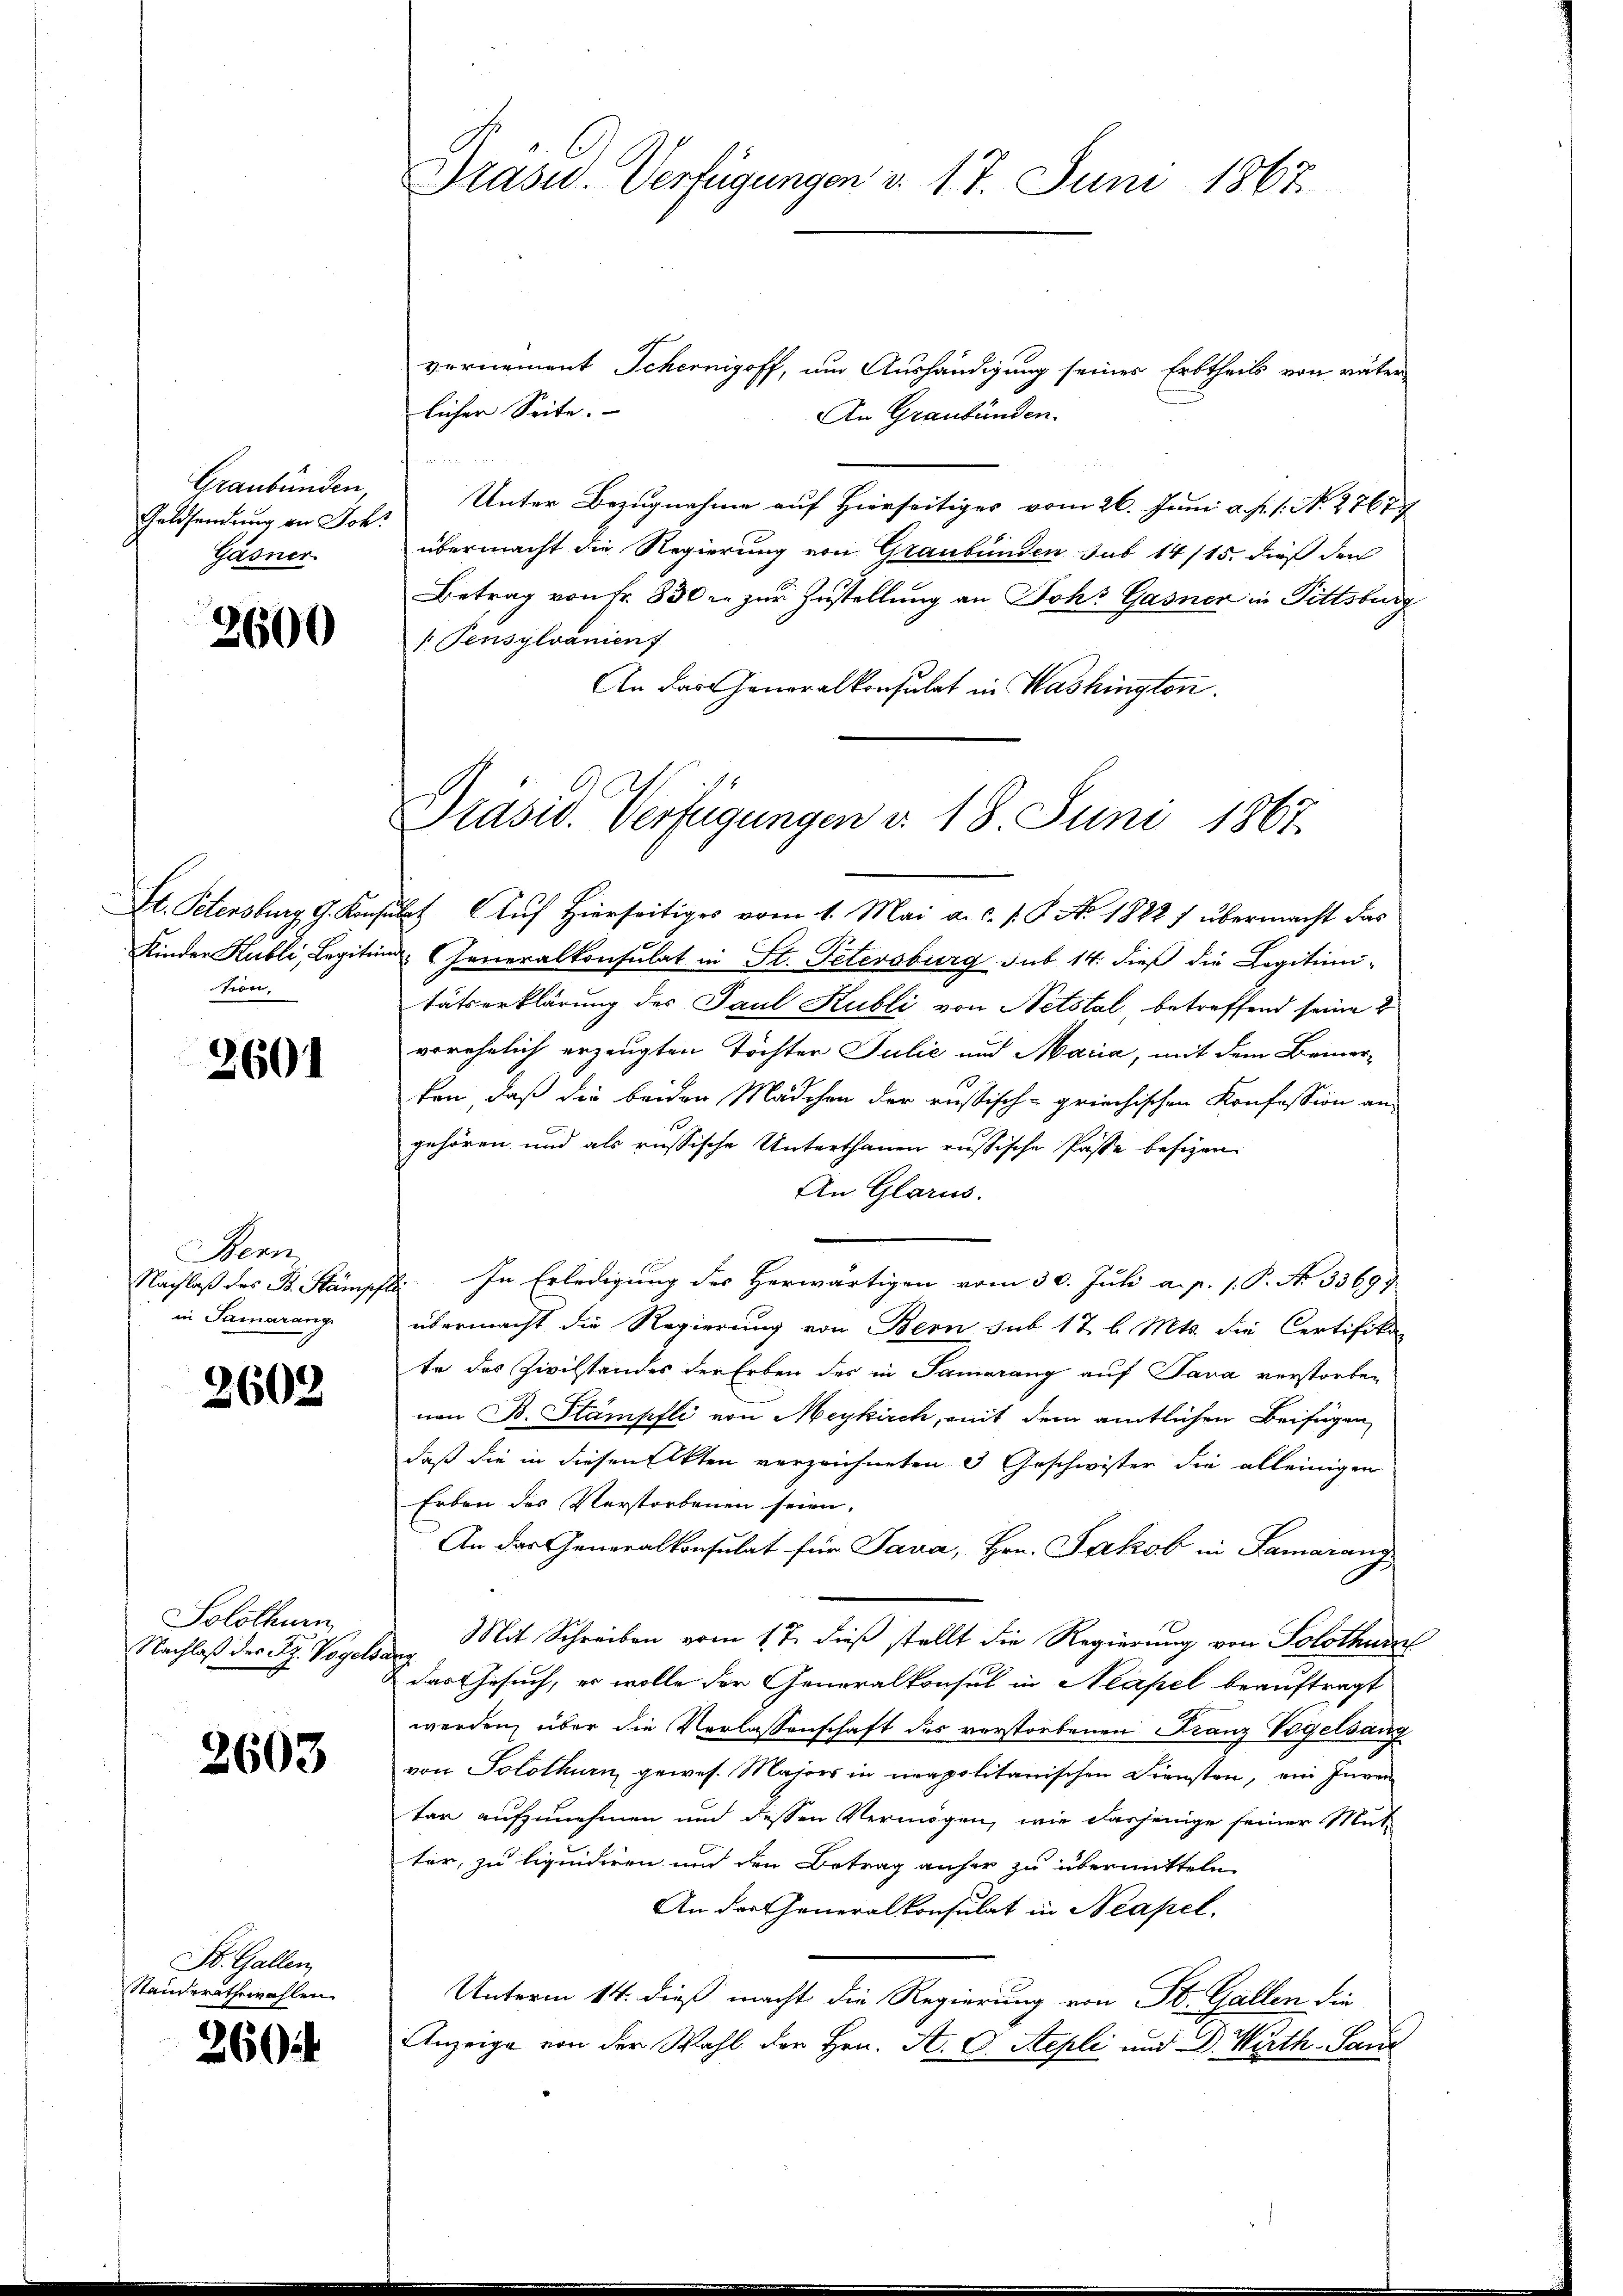
Graubünden
Geldsendung an Joh.
Gäsner

3600

sien.

2601

Bern
in Samarang

3602

Solothurn
Nachlaß der St. Vogelsang

2603

St. Gallen
Standerathswahlen.

260

Präsid.. Verfügungen u. 17. Juni 1867.

vernement Scheinigoff, um Aushändigung seines Erbtheils von väter
licher Seite.
An Graubünden.

Unter Bezugnahme auf Hierseitiges vom 26. Juni a. p. 1. No. 2767
übermacht die Regierung von Graubünden sub 14/15. dieß den
Betrag von Fr. 830 u. zur Zustellung an Joh. Gasner in Pittsburg
 Pensylvanien)
An das Generalkonsulat in Washington.

Präsid. Verfügungen v. 18. Juni 1867.

St. Petensburg, G. Konsulat Auf Hierseitiges vom 1. Mai a.c. s. S. No. 1822 1 übermacht das
Kinder Kubli, Legitin Generalkonsulat in St. Petersburg, sub 14. dieß die Legitimitätserklärung des Paul Kubli von Netstal, betreffend seine 2
vorehelich erzeugten Töchter Julić und Maria, mit dem Bemerken, daß die beiden Mädchen der russisch-griechischen Konfession an
gehören und als russische Unterthanen russische Pässe besizen
An Glarus.
Nachlaß des B. Stämpft. In Erledigung des Herwärtigen vom 30. Juli a. p. 1. P. No 3369.
übermacht die Regierung von Bern sub 17 l. Mts. die Certifika-
te des Zivilstandes der Erben des in Samarang auf Java verstorben
nen B. Stämpfli von Meykirch, mit dem amtlichen Beifügen
daß die in diesem Akten verzeichneten 3 Geschwister die alleinigen
Erben des Verstorbenen seien,
An das Generalkonsulat für Java, Hrn. Jakob in Samarang
Mit Schreiben vom 17. dieß stellt die Regierung von Solothurn
& das Gesuch, er wolle der Generalkonsul in Neapel beauftragt
werden, über die Verlassenschaft des verstorbenen Franz Vogelsang
von Solothur, gewes. Majors in neapolitanischen Diensten, ein Inven
tar aufzunehmen und dessen Vermögen, wie dasjenige seiner Mut
ter, zu liquidiren und den Betrag anher zu übermitteln
An der Generalkonsulat in Neapel.
Unterm 14. dieß macht die Regierung von St. Gallen die
Anzeige von der Wahl der Hrn. A. C. Stepli und D. Wirth- Saur